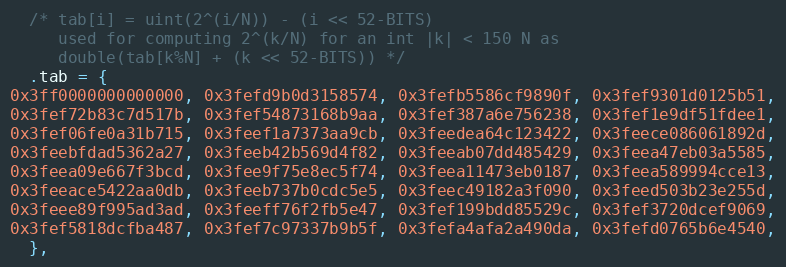
Language: C
  /* tab[i] = uint(2^(i/N)) - (i << 52-BITS)
     used for computing 2^(k/N) for an int |k| < 150 N as
     double(tab[k%N] + (k << 52-BITS)) */
  .tab = {
0x3ff0000000000000, 0x3fefd9b0d3158574, 0x3fefb5586cf9890f, 0x3fef9301d0125b51,
0x3fef72b83c7d517b, 0x3fef54873168b9aa, 0x3fef387a6e756238, 0x3fef1e9df51fdee1,
0x3fef06fe0a31b715, 0x3feef1a7373aa9cb, 0x3feedea64c123422, 0x3feece086061892d,
0x3feebfdad5362a27, 0x3feeb42b569d4f82, 0x3feeab07dd485429, 0x3feea47eb03a5585,
0x3feea09e667f3bcd, 0x3fee9f75e8ec5f74, 0x3feea11473eb0187, 0x3feea589994cce13,
0x3feeace5422aa0db, 0x3feeb737b0cdc5e5, 0x3feec49182a3f090, 0x3feed503b23e255d,
0x3feee89f995ad3ad, 0x3feeff76f2fb5e47, 0x3fef199bdd85529c, 0x3fef3720dcef9069,
0x3fef5818dcfba487, 0x3fef7c97337b9b5f, 0x3fefa4afa2a490da, 0x3fefd0765b6e4540,
  },